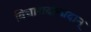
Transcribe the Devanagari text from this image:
विचारादान्प्रदान्